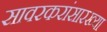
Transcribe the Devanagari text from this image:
सावरकरांसारख्या